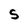
Character: S